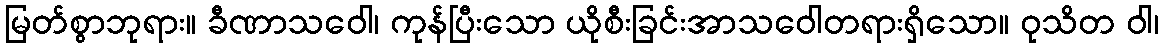
မြတ်စွာဘုရား။ ခီဏာသဝေါ၊ ကုန်ပြီးသော ယိုစီးခြင်းအာသဝေါတရားရှိသော။ ဝုသိတ ဝါ၊